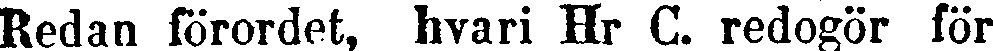
Redan förordet, hvari Hr C. redogör för